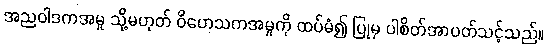
အညဝါဒကအမှု သို့မဟုတ် ဝိဟေသကအမှုကို ထပ်မံ၍ ပြုမှ ပါစိတ်အာပတ်သင့်သည်။